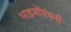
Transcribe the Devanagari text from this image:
भाइयोंएंथनी